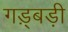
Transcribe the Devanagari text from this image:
गड़्बड़ी